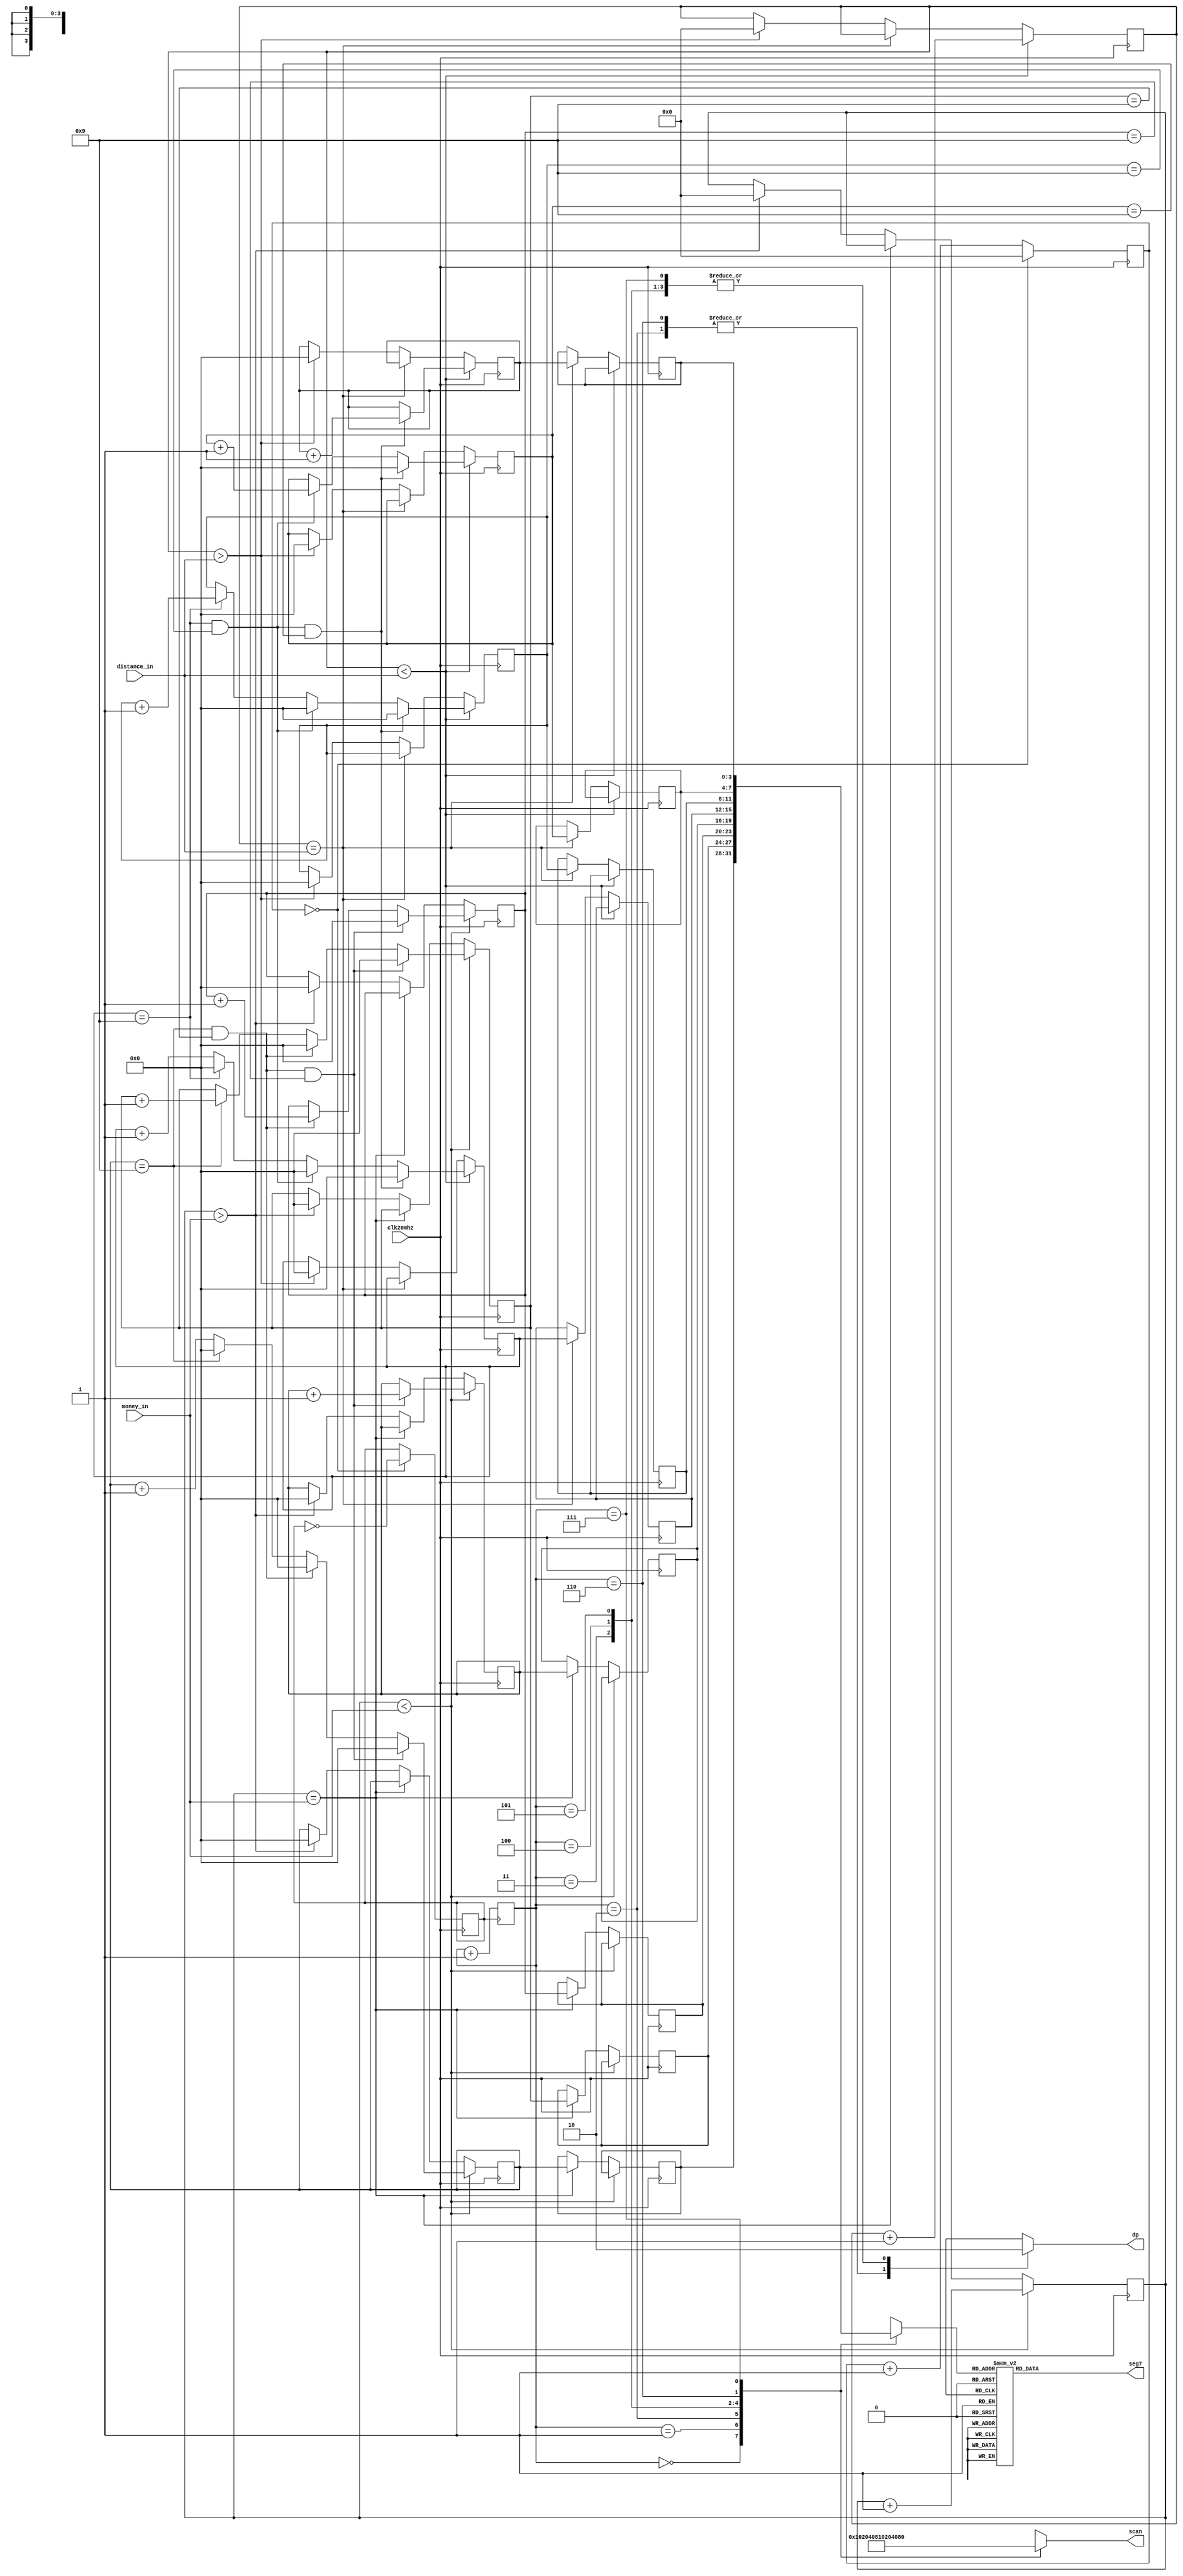
module deceder (scan,seg7,dp,clk20mhz,money_in,distance_in);  
	output[7:0] scan;   
	output[6:0] seg7;      
	output dp;         
	input clk20mhz;         
	input [12:0] money_in;          
	input [12:0] distance_in;      
	reg[7:0]scan;
	reg[6:0]seg7;
	reg dp;	
	reg clk1khz;        
	reg[3:0] data;
	reg[3:0] m_one,m_ten,m_hun,m_tho;    
	reg[3:0] d_one,d_ten,d_hun,d_tho;      
	reg[15:0] count ;
	reg[15:0]comb1;
	reg[3:0]comb1_a,comb1_b,comb1_c,comb1_d;
	reg[15:0] comb2;
	reg[3:0]comb2_a,comb2_b,comb2_c,comb2_d;
	reg[2:0] cnt;
    always@(posedge clk20mhz)
    begin
		if(count==1'd10000)
			begin clk1khz<=~clk1khz;count<='d0;end
		else
		 begin count<=count+1;end
    if(comb1<money_in)
     begin
	 if (comb1_a=='d9&&comb1_b=='d9&&comb1_c=='d9)
		begin
	      comb1_a<='b0000;
	      comb1_b<='b0000;
          comb1_c<='b0000;
          comb1_d<=comb1_d+1;
          comb1<=comb1+1;
        end 
     else if(comb1_a=='d9&&comb1_b=='d9)
        begin
          comb1_a<='b0000;
          comb1_b<='b0000;
          comb1_c<=comb1_c+1;
          comb1<=comb1+1;
        end 
     else if(comb1_a=='d9) 
        begin
	      comb1_a<='b0000;
	      comb1_b<=comb1_b+1;
	      comb1<=comb1+1;
	    end 
	 else
	  begin
		comb1_a<=comb1_a+1;
		comb1<=comb1+1;
      end
	 end	
	else if (comb1==money_in)
		begin
	      m_one<=comb1_a;
	      m_ten<=comb1_b;
	      m_hun<=comb1_c;
	      m_tho<=comb1_d;
	    end
	else if (comb1>money_in)
	    begin
			comb1_a<='b0000;
			comb1_b<='b0000;
            comb1_c<='b0000;
            comb1_d<='b0000;
            comb1<='d0;
        end


    if(comb2<distance_in)
     begin
	  if (comb2_a=='d9&&comb2_b=='d9&&comb2_c=='d9)
		begin
	      comb2_a<='b0000;
	      comb2_b<='b0000;
          comb2_c<='b0000;
          comb2_d<=comb2_d+1;
          comb2<=comb2+1;
        end 
     else if(comb2_a=='d9&&comb2_b=='d9)
        begin
          comb2_a<='b0000;
          comb2_b<='b0000;
          comb2_c<=comb2_c+1;
          comb2<=comb2+1;
        end 
     else if(comb2_a=='d9) 
        begin
	      comb2_a<='b0000;
	      comb2_b<=comb2_b+1;
	      comb2<=comb2+1;
	    end 
	 else
	  begin
		comb2_a<=comb2_a+1;
		comb2<=comb2+1;
      end
	 end	
	else if (comb2==distance_in)
		begin
	      d_one<=comb2_a;
	      d_ten<=comb2_b;
	      d_hun<=comb2_c;
	      d_tho<=comb2_d;
	    end
	else if (comb2>distance_in)
	    begin
			comb2_a<='b0000;
			comb2_b<='b0000;
            comb2_c<='b0000;
            comb2_d<='b0000;
            comb2<='d0;
        end
 end
     
always@(posedge clk1khz)
begin
	cnt=cnt+1;
end

always@(cnt)
begin	
	case(cnt)
	'b000:begin data<=m_one;dp<='d0;scan<='b00000001;end
	'b001:begin data<=m_ten;dp<='d0;scan<='b00000010;end
	'b010:begin data<=m_hun;dp<='d1;scan<='b00000100;end
	'b011:begin data<=m_tho;dp<='d0;scan<='b00001000;end
	'b100:begin data<=d_one;dp<='d0;scan<='b00010000;end
	'b101:begin data<=d_ten;dp<='d0;scan<='b00100000;end
	'b110:begin data<=d_hun;dp<='d1;scan<='b01000000;end
	'b111:begin data<=d_tho;dp<='d0;scan<='b10000000;end
	default:begin data<='bx;dp<='bx;scan<='bx;end
	endcase
end 

always@(data)
begin
	case(data[3:0])
	4'b0000:seg7[6:0]=7'b1111110;
	4'b0001:seg7[6:0]=7'b0110000;
	4'b0010:seg7[6:0]=7'b1101101;
	4'b0011:seg7[6:0]=7'b1111001;      
	4'b0100:seg7[6:0]=7'b0110011;      
	4'b0101:seg7[6:0]=7'b1011011;      
	4'b0110:seg7[6:0]=7'b1011111; 
	4'b0111:seg7[6:0]=7'b1110000;    
	4'b1000:seg7[6:0]=7'b1111111; 
	4'b1001:seg7[6:0]=7'b1111011;
	default:seg7[6:0]=7'b0000000;
	endcase
end
endmodule